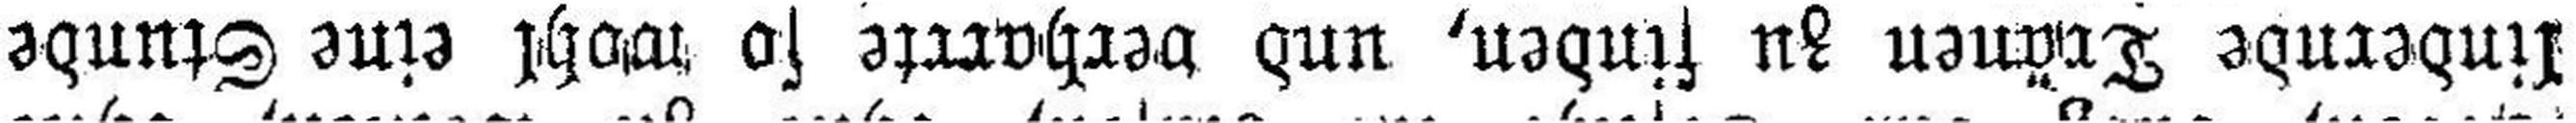
lindernde Tränen zu finden, und verharrte so wohl eine Stunde